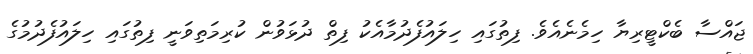
ޖައްސާ ބެކްޓީރިޔާ ހިމެނެއެވެ. ފިތުގައި ހިލައުފެދުމާއެކު ފިތް ދުޅަވުން ކުރިމަތިވަނީ ފިތުގައި ހިލައުފެދުމުގެ